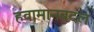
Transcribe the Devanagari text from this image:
हवामानबदल